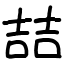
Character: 喆